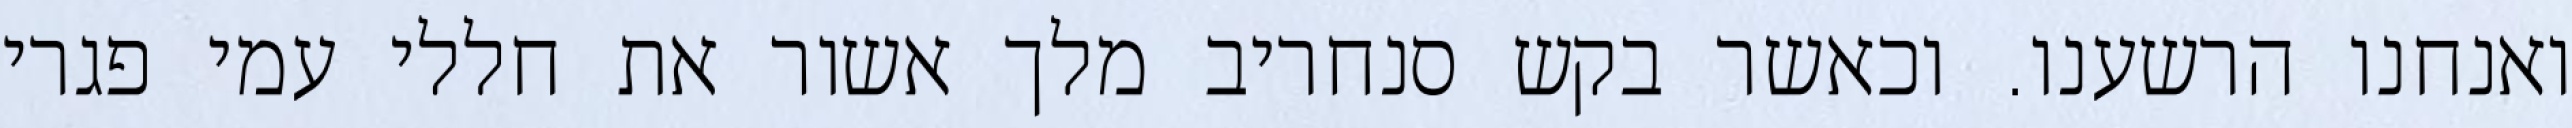
ואנחנו הרשענו. וכאשר בקש סנחריב מלך אשור את חללי עמי פגרי